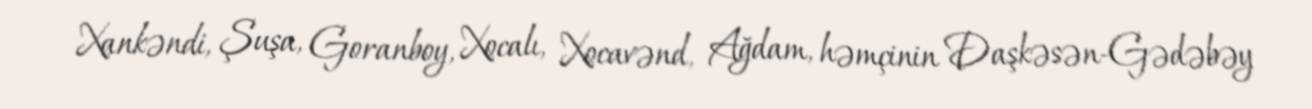
Xankəndi, Şuşa, Goranboy, Xocalı, Xocavənd, Ağdam, həmçinin Daşkəsən-Gədəbəy